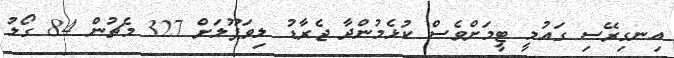
އިނގިރޭސި ގައުމީ ޓީމަށްވެސް ކުޅެމުންދާ ޖެރާޑު ލިވަޕޫލަށް 327 މެޗުން 84 ގޯލު